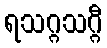
ရသဂ္ဂသဂ္ဂီ